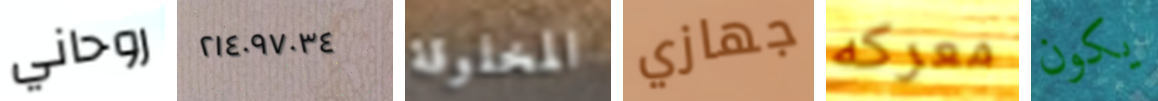
روحاني ٢١٤٠٩٧٠٣٤ المخلوقة جهازي معركه يكون